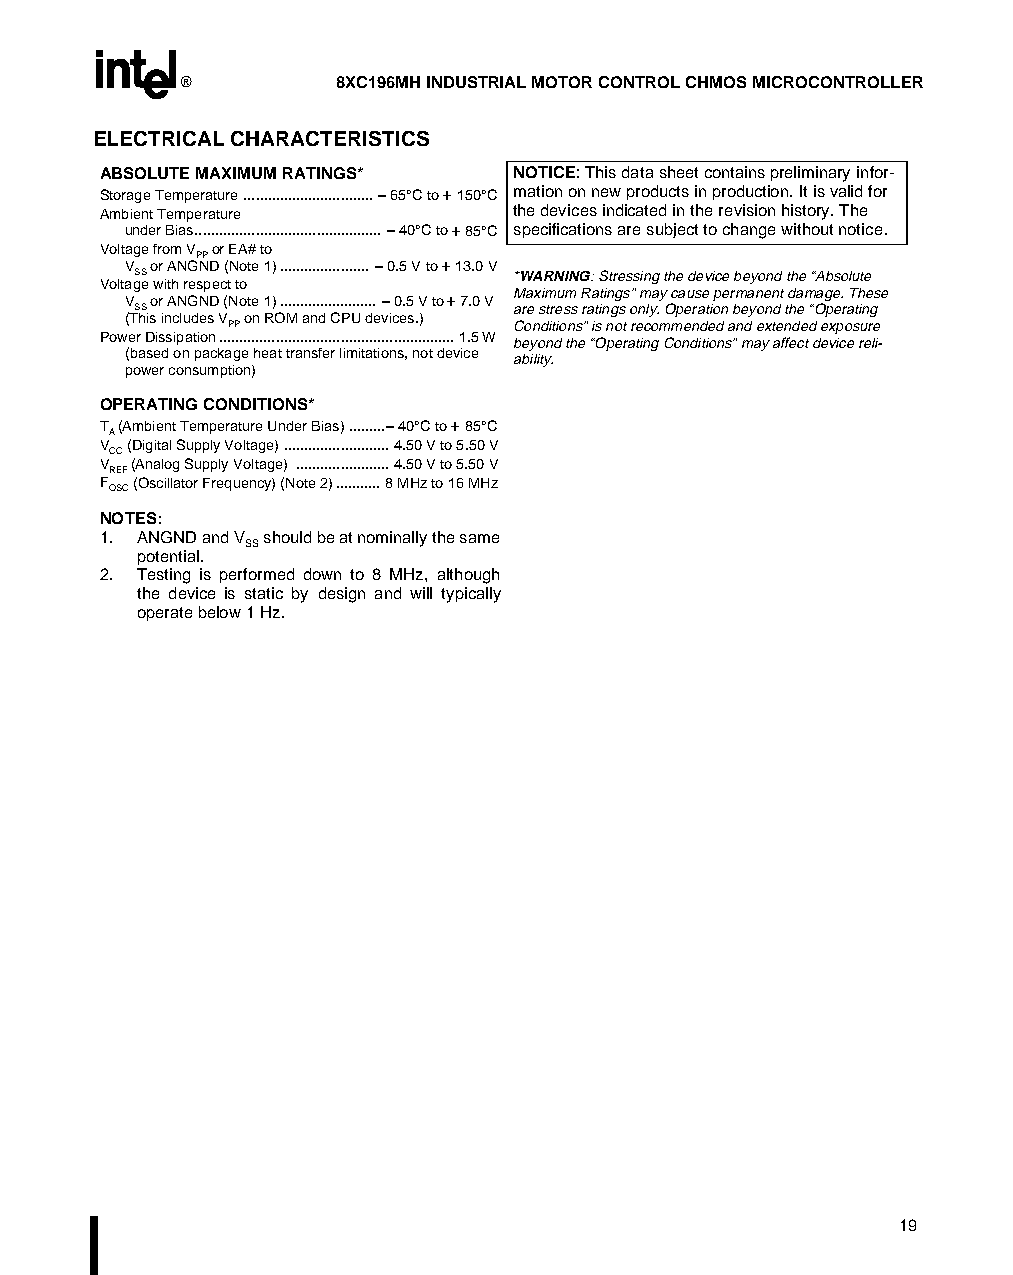
®         8XC196MH INDUSTRIAL MOTOR CONTROL CHMOS MICROCONTROLLER
 ELECTRICAL CHARACTERISTICS
 ABSOLUTE MAXIMUM RATINGS*   NOTICE: This data sheet contains preliminary infor-
 Storage Temperature ................................ – 65°C to + 150°C mation on new products in production. It is valid for
 Ambient Temperature         the devices indicated in the revision history. The
 under Bias.............................................. – 40°C to + 85°C specifications are subject to change without notice.
 Voltage from V
 PP
 or EA# to
 V
 SS
 or ANGND (Note 1)...................... – 0.5 V to + 13.0 V
 *WARNING: Stressing the device beyond the “Absolute
 Voltage with respect to
 Maximum Ratings” may cause permanent damage. These
 V
 SS
 or ANGND (Note 1)........................ – 0.5 V to + 7.0 V
 are stress ratings only. Operation beyond the “Operating
 (This includes V
 PP
 on ROM and CPU devices.)
 Conditions” is not recommended and extended exposure
 Power Dissipation.......................................................... 1.5 W beyond the “Operating Conditions” may affect device reli-
 (based on package heat transfer limitations, not device ability.
 power consumption)
 OPERATING CONDITIONS*
 T (Ambient Temperature Under Bias).........– 40°C to + 85°C
 A
 V (Digital Supply Voltage) .......................... 4.50 V to 5.50 V
 CC
 V (Analog Supply Voltage) ....................... 4.50 V to 5.50 V
 REF
 F (Oscillator Frequency) (Note 2)........... 8 MHz to 16 MHz
 OSC
 NOTES:
 1. ANGND and V should be at nominally the same
 SS
 potential.
 2. Testing is performed down to 8 MHz, although
 the device is static by design and will typically
 operate below 1 Hz.
 19